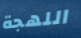
اللهجة